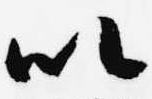
以